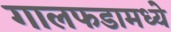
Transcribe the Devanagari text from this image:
गालफडामध्ये